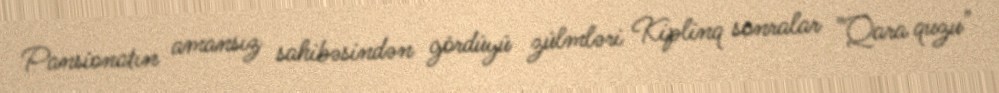
Pansionatın amansız sahibəsindən gördüyü zülmləri Kiplinq sonralar "Qara quzu"